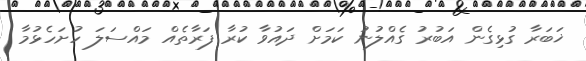
ޚަބަރާ ގުޅިގެން އަބުރު ގެއްލުނު ކަމަށް ދައުވާ ކުރާ ފަރާތެއް މައްސަލަ ހުށަހެޅުމާ